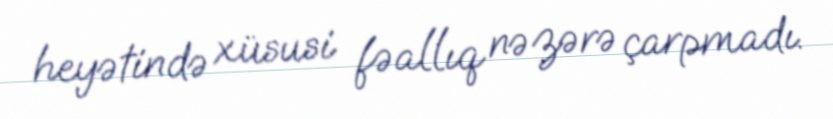
heyətində xüsusi fəallıq nəzərə çarpmadı.